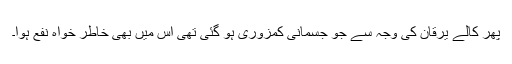
پھر کالے یرقان کی وجہ سے جو جسمانی کمزوری ہو گئی تھی اس میں بھی خاطر خواہ نفع ہوا۔